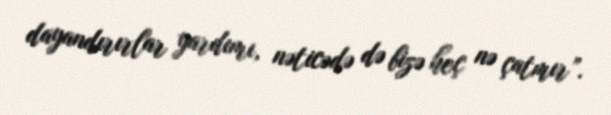
dayandırırlar yardımı, nəticədə də bizə heç nə çatmır”.